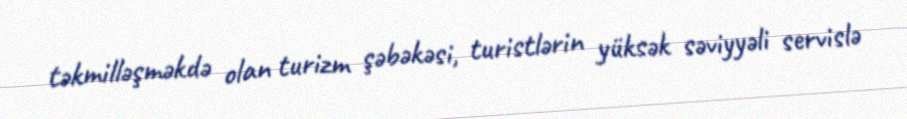
təkmilləşməkdə olan turizm şəbəkəsi, turistlərin yüksək səviyyəli servislə